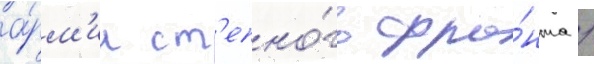
а́рм'ии ст'епно́го фро́нта /